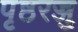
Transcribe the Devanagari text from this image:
पृष्ठरज्जु